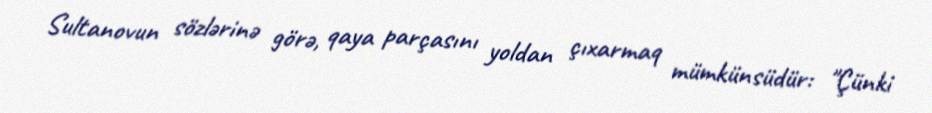
Sultanovun sözlərinə görə, qaya parçasını yoldan çıxarmaq mümkünsüdür: "Çünki